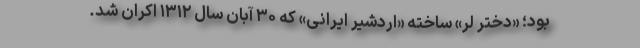
بود؛ «دختر لر» ساخته «اردشیر ایرانی» که ۳۰ آبان سال ۱۳۱۲ اکران شد.